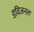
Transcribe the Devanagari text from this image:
डविजनल